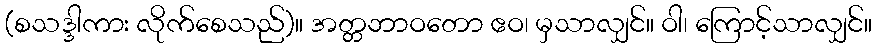
(စသဒ္ဒါကား လိုက်စေသည်)။ အတ္တဘာဝတော ဧဝ၊ မှသာလျှင်။ ဝါ၊ ကြောင့်သာလျှင်။